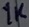
Text: 1K